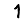
Digit: 1